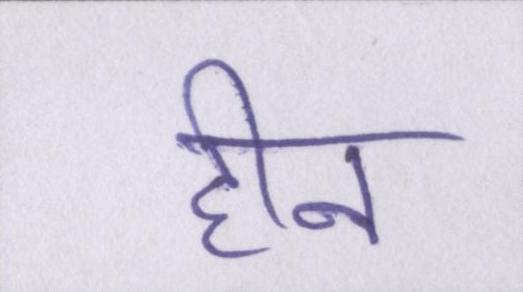
हीन